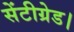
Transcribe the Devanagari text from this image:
सेंटीग्रेड।